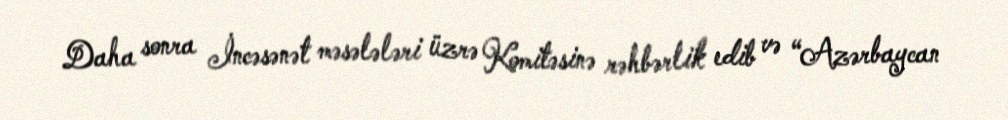
Daha sonra İncəsənət məsələləri üzrə Komitəsinə rəhbərlik edib və “Azərbaycan